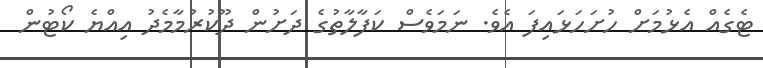
ޓެގެއް އެޅުމަށް ހުށަހަޅައިފަ އެވެ. ނަމަވެސް ކަފާލާތުގެ ދަށުން ދޫކުރުމާމެދު އިއްޔެ ކޯޓުން